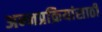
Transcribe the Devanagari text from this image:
अन्नप्रक्रियांसाठी